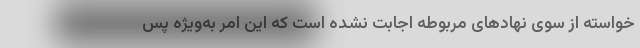
خواسته از سوی نهادهای مربوطه اجابت نشده است که این امر به‌ویژه پس